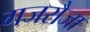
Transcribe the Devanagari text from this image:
गजरौजा